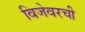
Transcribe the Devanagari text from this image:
विजेवरची